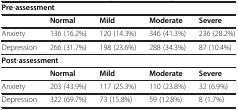
<table><thead><tr><td colspan="5"><b>Pre-assessment</b></td></tr></thead><tbody><tr><td> </td><td><b>Normal</b></td><td><b>Mild</b></td><td><b>Moderate</b></td><td><b>Severe</b></td></tr><tr><td>Anxiety</td><td>136 (16.2%)</td><td>120 (14.3%)</td><td>346 (41.3%)</td><td>236 (28.2%)</td></tr><tr><td>Depression</td><td>266 (31.7%)</td><td>198 (23.6%)</td><td>288 (34.3%)</td><td>87 (10.4%)</td></tr><tr><td colspan="5"><b>Post</b>-<b>assessment</b></td></tr><tr><td> </td><td><b>Normal</b></td><td><b>Mild</b></td><td><b>Moderate</b></td><td><b>Severe</b></td></tr><tr><td>Anxiety</td><td>203 (43.9%)</td><td>117 (25.3%)</td><td>110 (23.8%)</td><td>32 (6.9%)</td></tr><tr><td>Depression</td><td>322 (69.7%)</td><td>73 (15.8%)</td><td>59 (12.8%)</td><td>8 (1.7%)</td></tr></tbody></table>